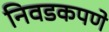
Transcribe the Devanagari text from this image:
निवडकपणे